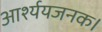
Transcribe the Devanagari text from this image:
आर्श्ययजनक।